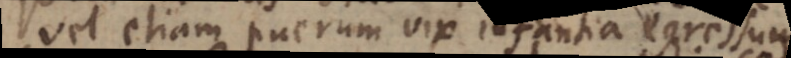
vel etiam puerum vix infantia egressu